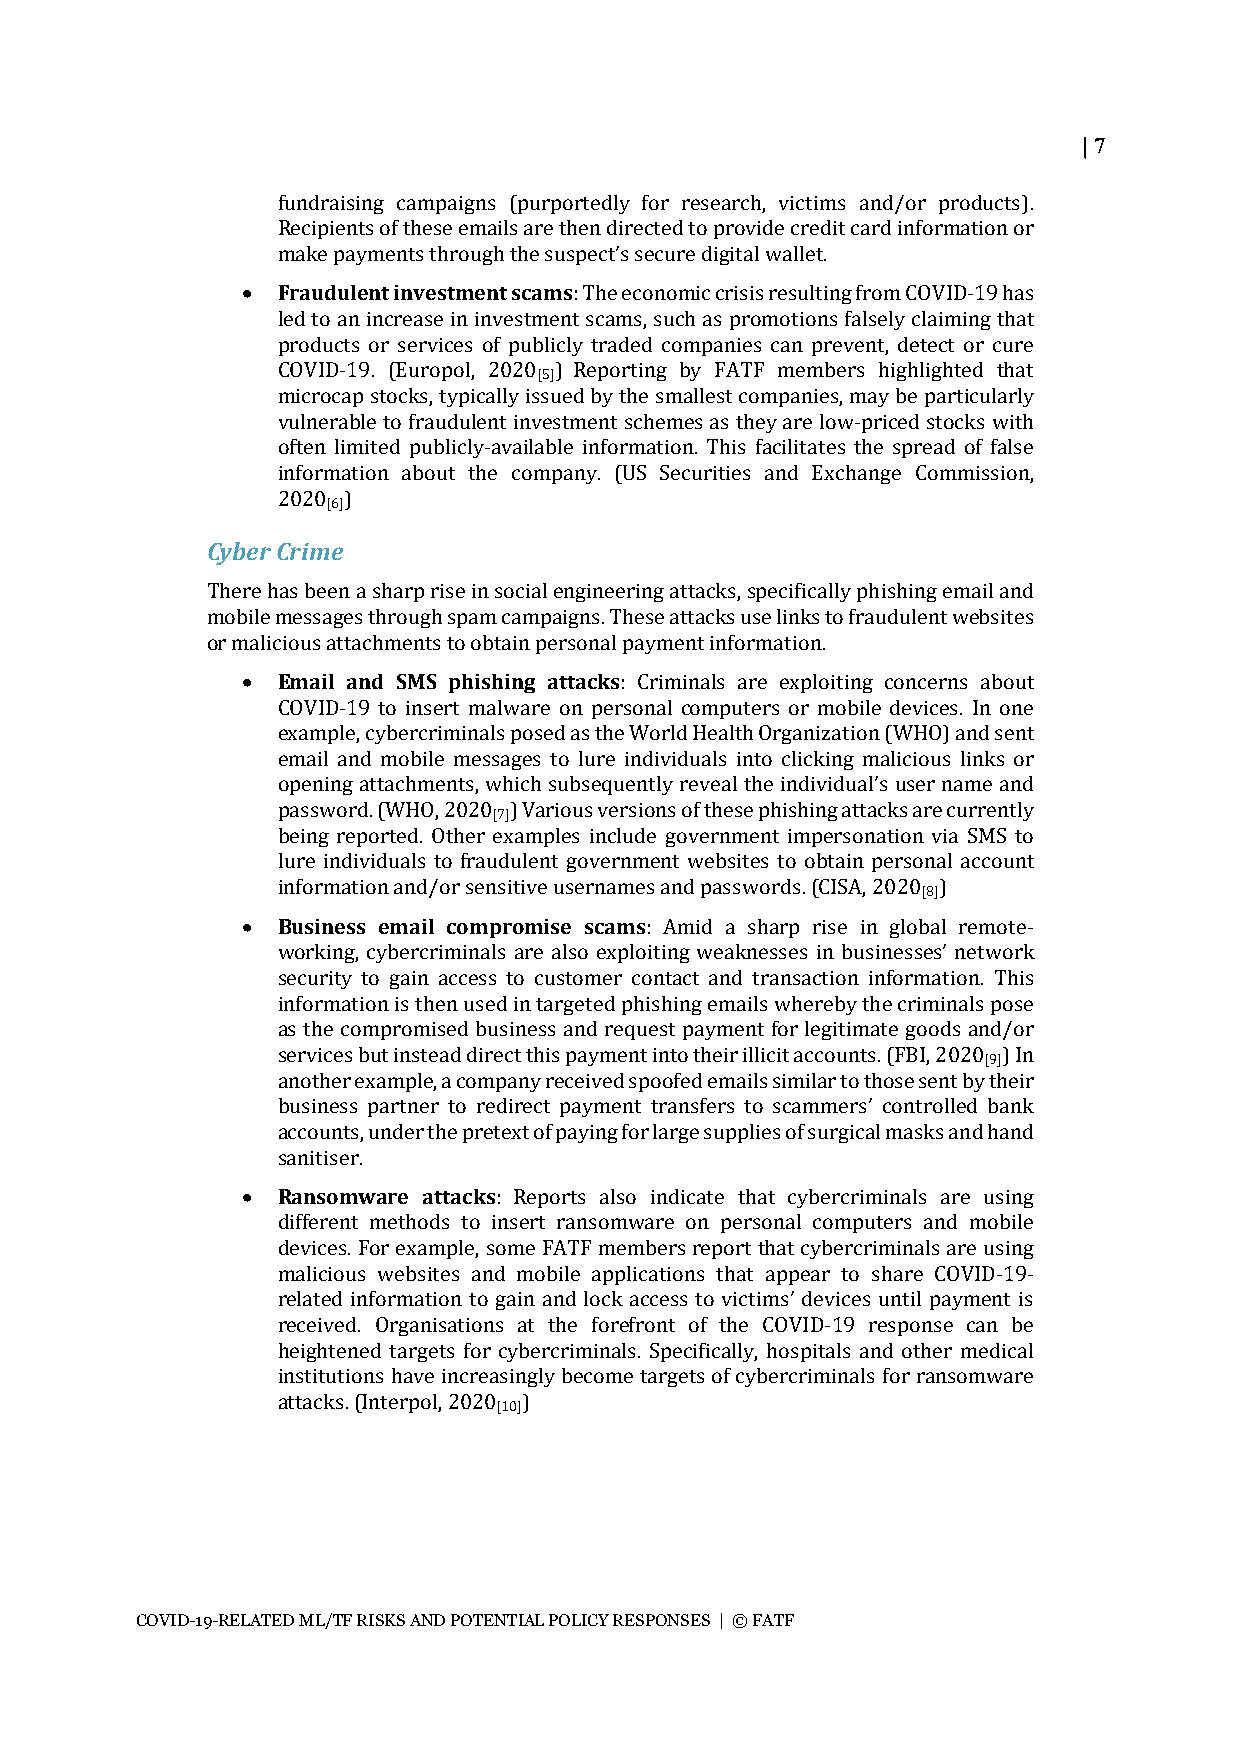
| 7
 fundraising campaigns (purportedly for research, victims and/or products).
 Recipients of these emails are then directed to provide credit card information or
 make payments through the suspect’s secure digital wallet.
 • Fraudulent investment scams: The economic crisis resulting from COVID-19 has
 led to an increase in investment scams, such as promotions falsely claiming that
 products or services of publicly traded companies can prevent, detect or cure
 COVID-19. (Europol, 2020 ) Reporting by FATF members highlighted that
 [5]
 microcap stocks, typically issued by the smallest companies, may be particularly
 vulnerable to fraudulent investment schemes as they are low-priced stocks with
 often limited publicly-available information. This facilitates the spread of false
 information about the company. (US Securities and Exchange Commission,
 2020 )
 [6]
 Cyber Crime
 There has been a sharp rise in social engineering attacks, specifically phishing email and
 mobile messages through spam campaigns. These attacks use links to fraudulent websites
 or malicious attachments to obtain personal payment information.
 • Email and SMS phishing attacks: Criminals are exploiting concerns about
 COVID-19 to insert malware on personal computers or mobile devices. In one
 example, cybercriminals posed as the World Health Organization (WHO) and sent
 email and mobile messages to lure individuals into clicking malicious links or
 opening attachments, which subsequently reveal the individual’s user name and
 password. (WHO, 2020 ) Various versions of these phishing attacks are currently
 [7]
 being reported. Other examples include government impersonation via SMS to
 lure individuals to fraudulent government websites to obtain personal account
 information and/or sensitive usernames and passwords. (CISA, 2020 )
 [8]
 • Business email compromise scams: Amid a sharp rise in global remote-
 working, cybercriminals are also exploiting weaknesses in businesses’ network
 security to gain access to customer contact and transaction information. This
 information is then used in targeted phishing emails whereby the criminals pose
 as the compromised business and request payment for legitimate goods and/or
 services but instead direct this payment into their illicit accounts. (FBI, 2020 ) In
 [9]
 another example, a company received spoofed emails similar to those sent by their
 business partner to redirect payment transfers to scammers’ controlled bank
 accounts, under the pretext of paying for large supplies of surgical masks and hand
 sanitiser.
 • Ransomware attacks: Reports also indicate that cybercriminals are using
 different methods to insert ransomware on personal computers and mobile
 devices. For example, some FATF members report that cybercriminals are using
 malicious websites and mobile applications that appear to share COVID-19-
 related information to gain and lock access to victims’ devices until payment is
 received. Organisations at the forefront of the COVID-19 response can be
 heightened targets for cybercriminals. Specifically, hospitals and other medical
 institutions have increasingly become targets of cybercriminals for ransomware
 attacks. (Interpol, 2020 )
 [10]
 COVID-19-RELATED ML/TF RISKS AND POTENTIAL POLICY RESPONSES | © FATF